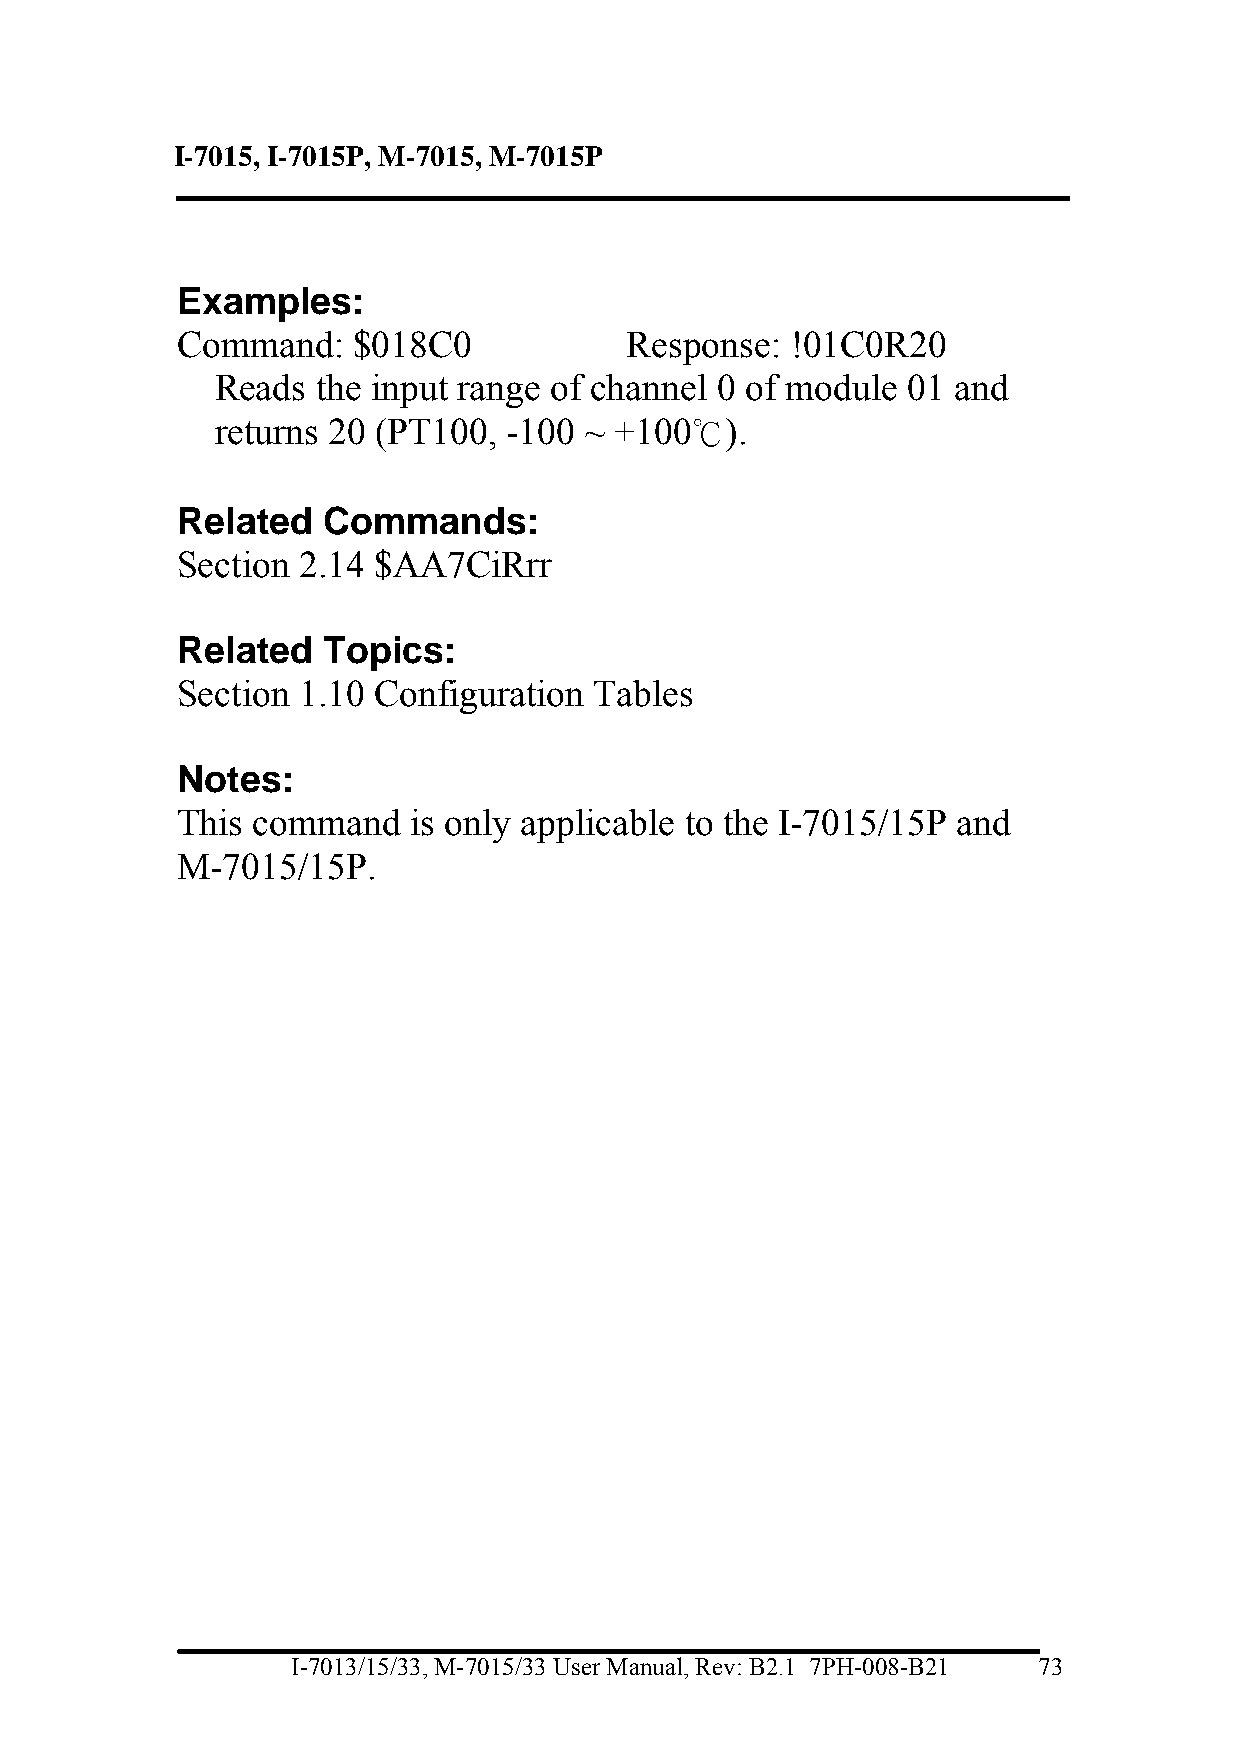
I-7015, I-7015P, M-7015, M-7015P
 Examples:
 Command:   $018C0             Response: !01C0R20
 Reads  the input range of channel 0 of module 01 and
 returns 20 (PT100,  -100 ~ +100℃).
 Related  Commands:
 Section 2.14 $AA7CiRrr
 Related  Topics:
 Section 1.10 Configuration Tables
 Notes:
 This command   is only applicable to the I-7015/15P and
 M-7015/15P.
 I-7013/15/33, M-7015/33 User Manual, Rev: B2.1 7PH-008-B21 73